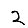
Digit: 2